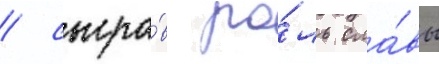
/ сыгра́в ро́ль сла́вы